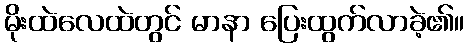
မိုးထဲလေထဲတွင် မာနာ ပြေးထွက်လာခဲ့၏။